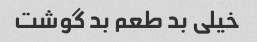
خیلی بد طعم بد گوشت